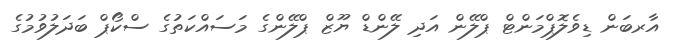
އާރބަން ޑިވެލޮޕްމަންޓް ޕްލޭން އަދި ލޭންޑް ޔޫޒް ޕްލޭންގެ މަސައްކަތުގެ ސްކޯޕް ބަދަލުވުމުގެ